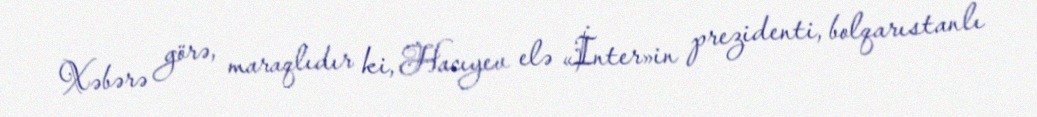
Xəbərə görə, maraqlıdır ki, Hacıyev elə «İnter»in prezidenti, bolqarıstanlı